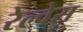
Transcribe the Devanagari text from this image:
रेल्वेस